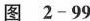
图2-99